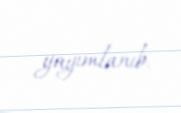
yayımlanıb.